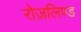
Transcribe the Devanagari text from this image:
रोज़लिण्ड